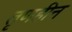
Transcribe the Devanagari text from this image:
तृणहीन